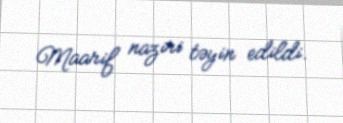
Maarif naziri təyin edildi.